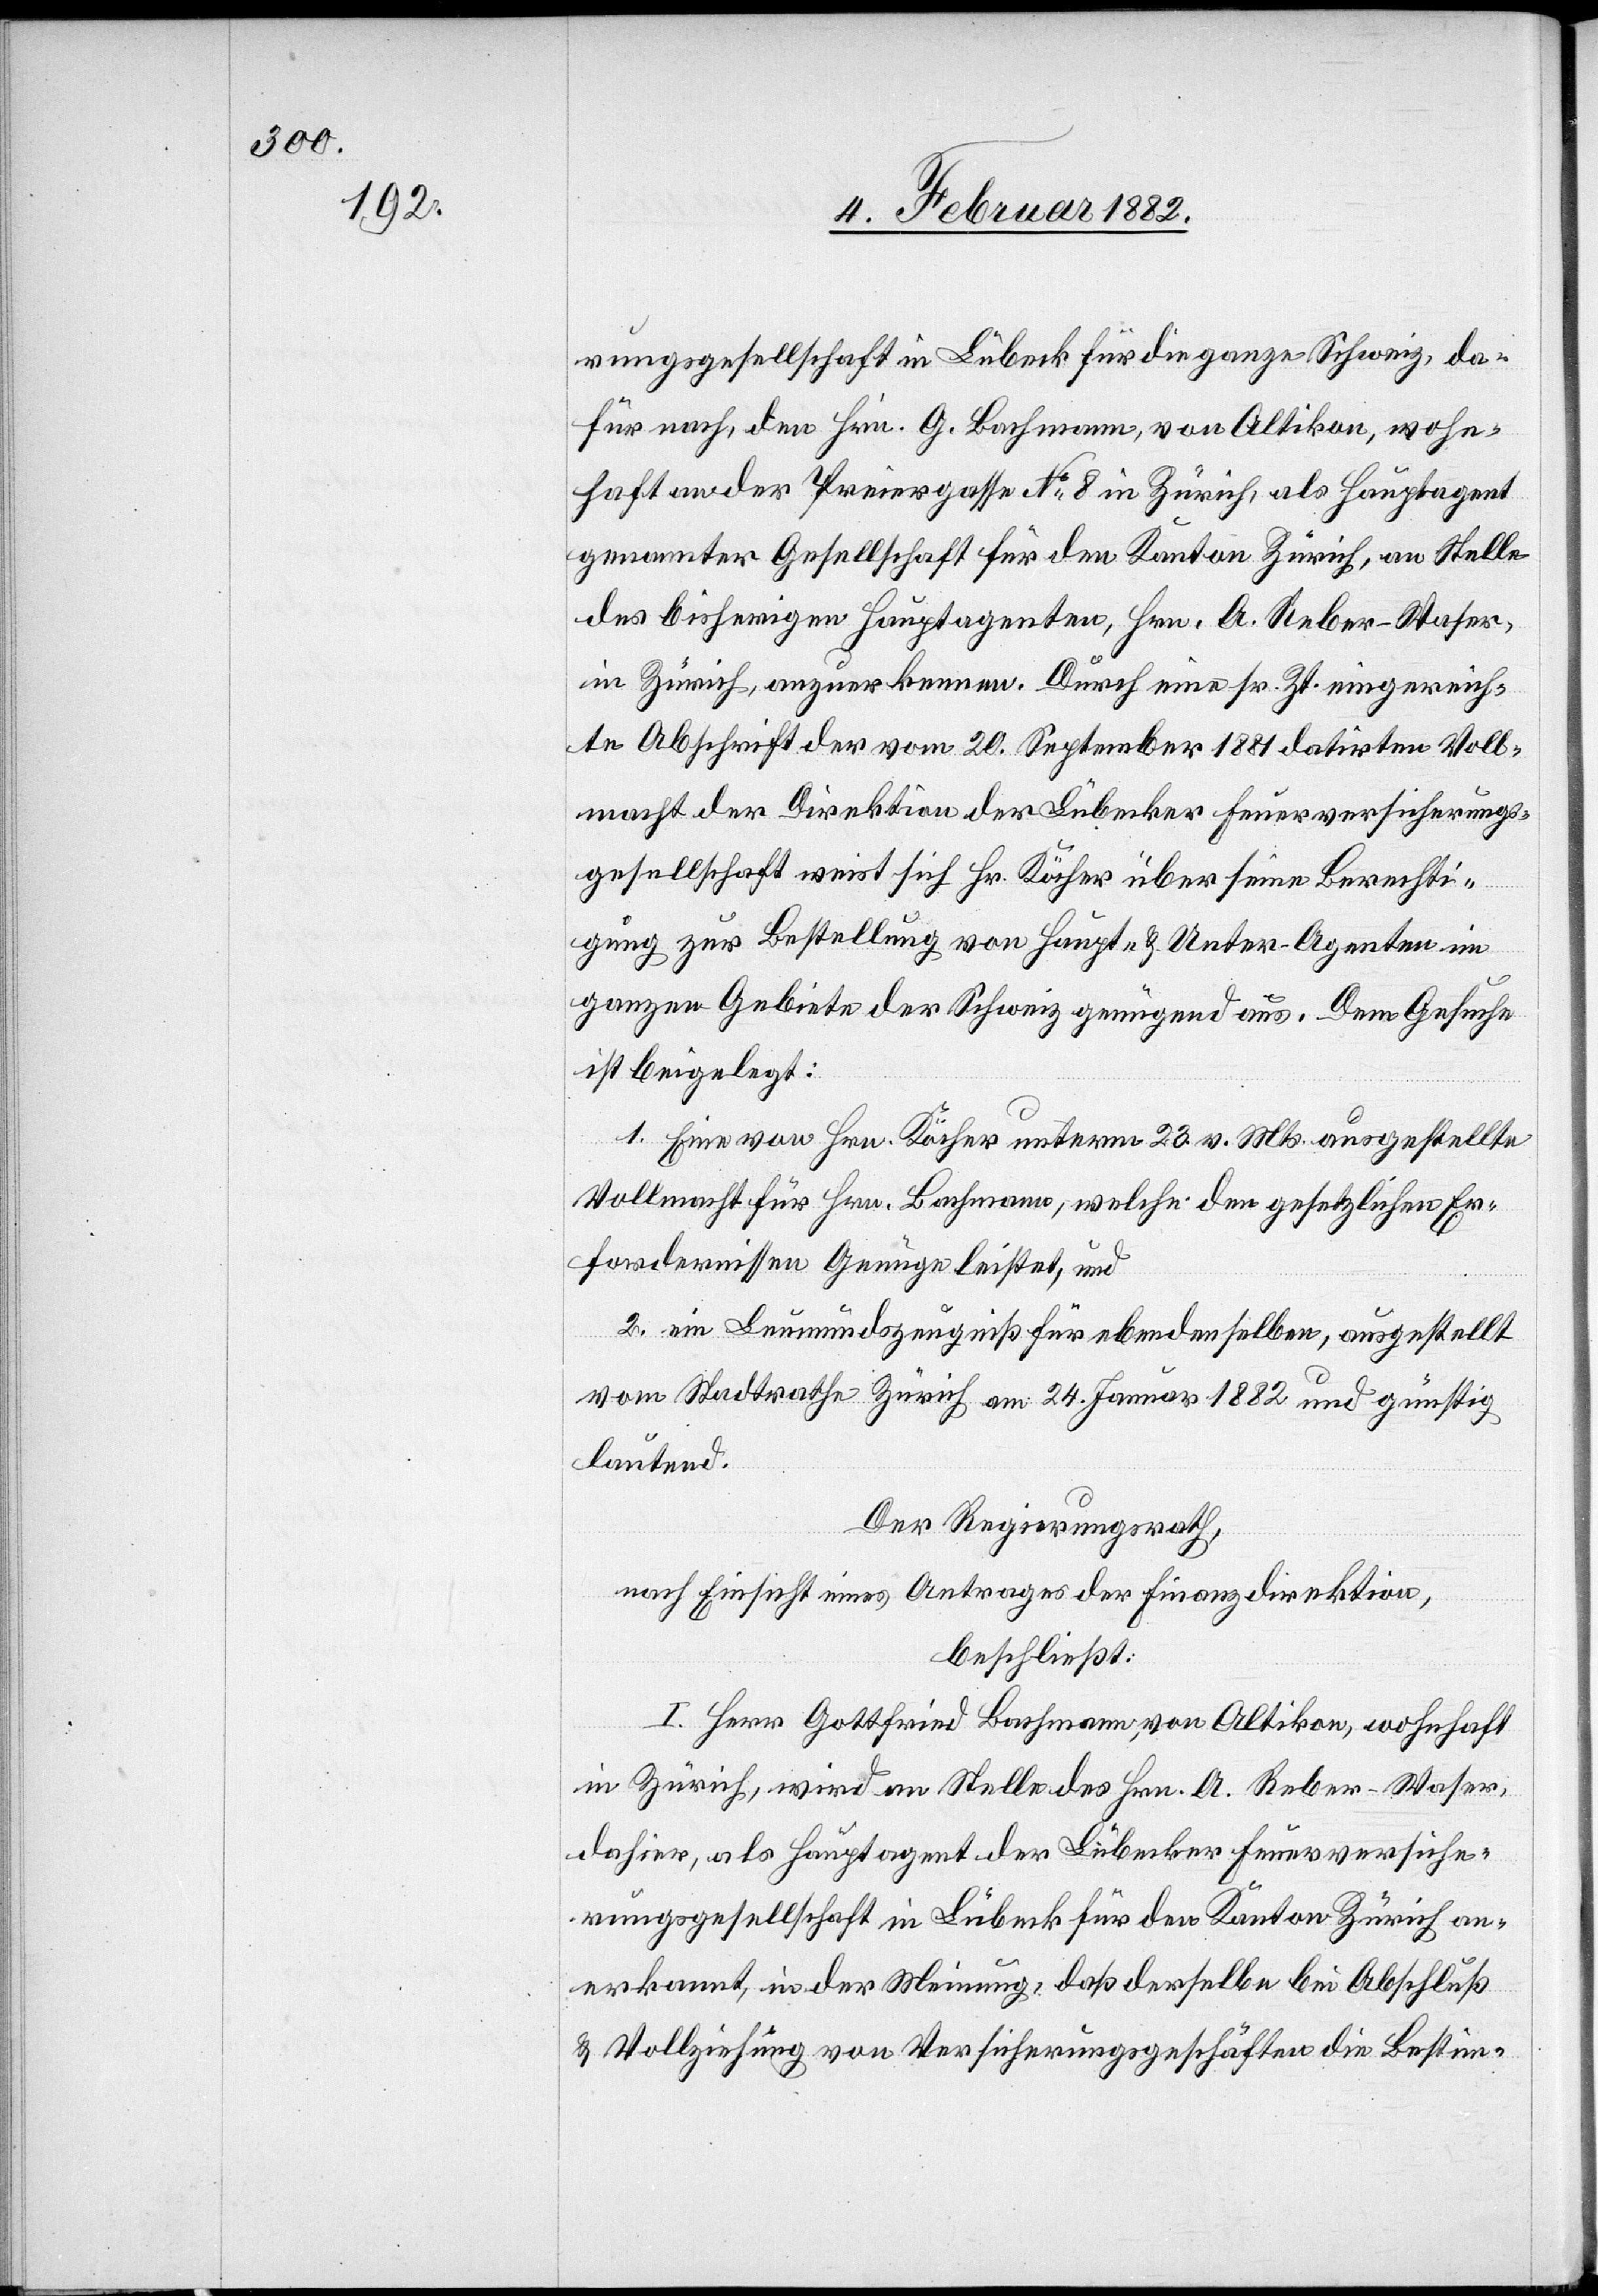
rungsgesellschaft in Lübeck für die ganze Schweiz, da¬
für nach, den Hrn. G. Bachmann, von Altikon, wohn¬
haft an der Preiergasse No 8 in Zürich, als Hauptagent
genannter Gesellschaft für den Kanton Zürich, an Stelle
des bisherigen Hauptagenten, Hrn. A. Reber-Hafner,
in Zürich, anzuerkennen. Durch eine sr. Zt. eingereich¬
te Abschrift der vom 20. September 1881 datirten Voll¬
macht der Direktion der Lübecker Feuerversicherungs¬
gesellschaft weist sich Hr. Köcher über seine Berechti¬
gung zur Bestellung von Haupt- & Unter-Agenten im
ganzen Gebiete der Schweiz genügend aus. Dem Gesuche
ist beigelegt:
1. Eine von Hrn. Köcher unterm 23. v. Mts. ausgestellte
Vollmacht für Hrn. Bachmann, welche den gesetzlichen Er¬
fordernissen Genüge leiste, und
2. ein Leumundszeugniß für ebendenselben, ausgestellt
vom Stadtrathe Zürich am 24. Januar 1882 und günstig
lautend.
Der Regierungsrath,
nach Einsicht eines Antrages der Finanzdirektion,
beschließt:
I. Herr Gottfried Bachmann, von Altikon, wohnhaft
in Zürich, wird an Stelle des Hrn. A. Reber-Waser,
dahier, als Hauptagent der Lübecker Feuerversiche¬
rungsgesellschaft in Lübeck für den Kanton Zürich an¬
erkannt, in der Meinung, daß derselbe bei Abschluß
& Vollziehung von Versicherungsgeschäften die Bestim-